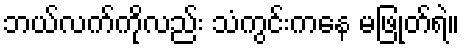
ဘယ်လက်ကိုလည်း သံကွင်းကနေ မဖြုတ်ရဲ။